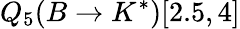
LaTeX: Q_{5}(B\to K^{*})[2.5,4]